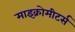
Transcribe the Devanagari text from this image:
माइक्रोमीटर्स